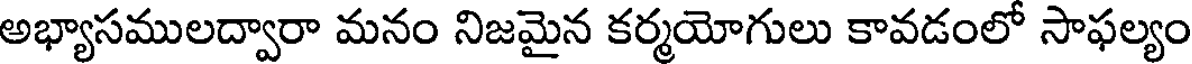
అభ్యాసములద్వారా మనం నిజమైన కర్మయోగులు కావడంలో సాఫల్యం